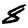
Digit: 8